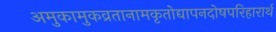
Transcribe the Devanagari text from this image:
अमुकामुकव्रतानामकृतोद्यापनदोषपरिहारार्थ